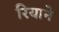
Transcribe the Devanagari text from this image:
रियाने